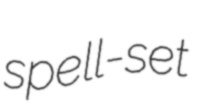
spell-set